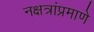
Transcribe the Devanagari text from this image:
नक्षत्रांप्रमाणे